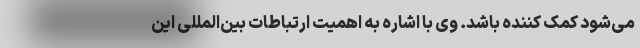
می‌شود کمک کننده باشد. وی با اشاره به اهمیت ارتباطات بین‌المللی این